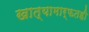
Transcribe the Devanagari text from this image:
खात्यामार्फतही